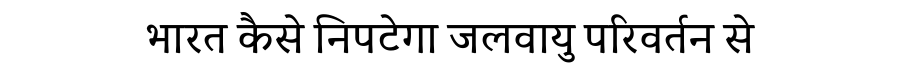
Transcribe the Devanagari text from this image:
भारत कैसे निपटेगा जलवायु परिवर्तन से